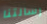
رسالتنا